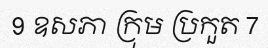
9 ឧសភា ក្រុម ប្រកួត 7